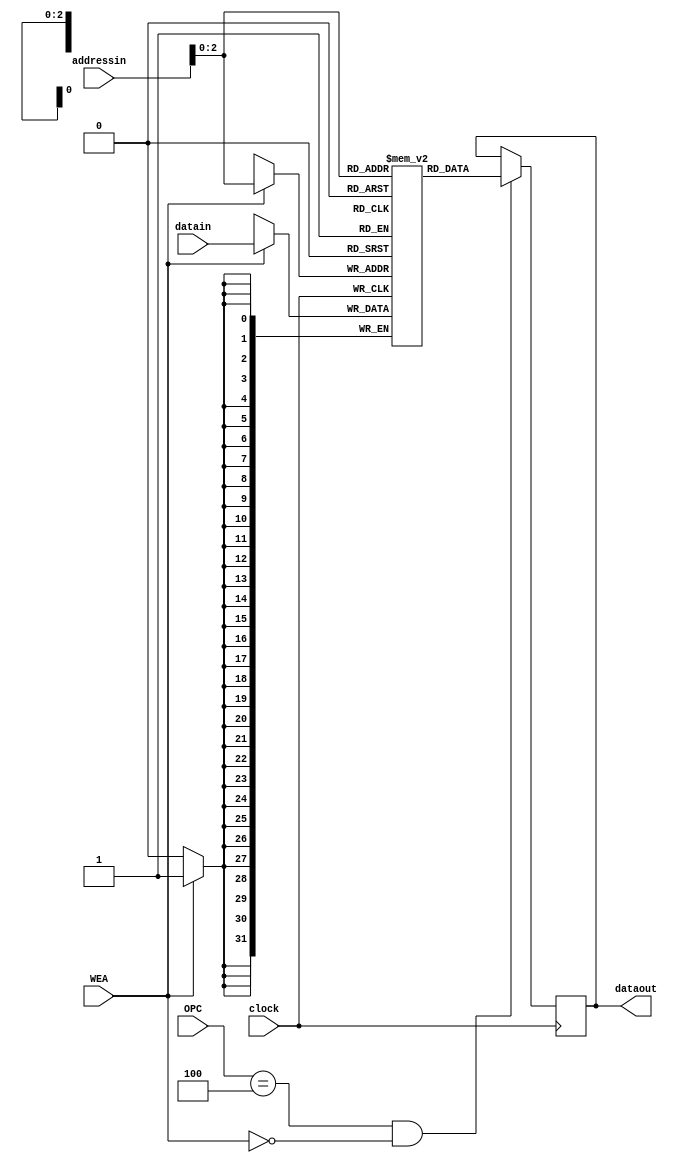
module DataMemory(dataout,datain,addressin,OPC,WEA,clock);
output [31:0]dataout;
input [31:0]datain;
input [31:0]addressin;
input  [5:0]OPC;
input WEA,clock;
reg [31:0]SRAM[7:0];
reg [31:0]dataout;
parameter LOAD= 6'b100;

integer i;
initial
begin
for (i =0 ; i<7 ;i=i+1) 
SRAM[i] <= i+32'b001; //values in the reg file
end

always@(posedge clock)
begin
if(WEA==1)
begin
SRAM[addressin]<=datain; //RS from RF for STORE inst-  datain, addressin from ALU-out
end
if (OPC == LOAD && WEA==0)
begin
dataout<=SRAM[addressin]; //for LOAD inst, this dataout goes to reg file as RD
end
end

endmodule